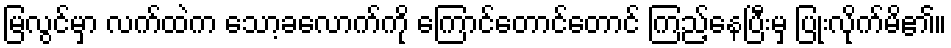
မြလွင်မှာ လက်ထဲက သော့ခလောက်ကို ကြောင်တောင်တောင် ကြည့်နေပြီးမှ ပြုံးလိုက်မိ၏။